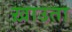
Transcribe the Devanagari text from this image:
ख़ाउता